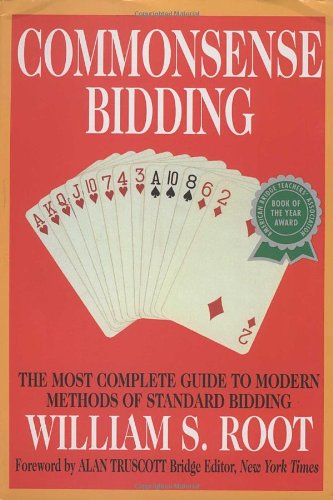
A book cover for Commonsense Bidding: The Most Complete Guide to Modern Methods of Standard Bidding; William S. Root; Humor & Entertainment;